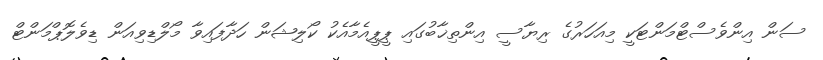
ސަން އިންވެސްޓްމަންޓަކީ މިއަހަރުގެ ރިޔާސީ އިންތިޚާބުގައި ޕީޕީއެމާއެކު ކޯލިޝަން ހަދާފައިވާ މޯލްޑިވިއަން ޑިވެލޮޕްމަންޓް